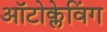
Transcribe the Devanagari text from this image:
ऑटोक्लेविंग